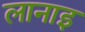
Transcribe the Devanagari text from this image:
लानाइ